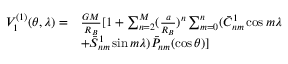
\begin{array} { r l } { V _ { 1 } ^ { ( 1 ) } ( \theta , \lambda ) = } & { \frac { G M } { R _ { B } } [ 1 + \sum _ { n = 2 } ^ { M } ( \frac { a } { R _ { B } } ) ^ { n } \sum _ { m = 0 } ^ { n } ( \bar { C } _ { n m } ^ { 1 } \cos m \lambda } \\ & { + \bar { S } _ { n m } ^ { 1 } \sin m \lambda ) { \bar { P } } _ { n m } ( \cos \theta ) ] } \end{array}